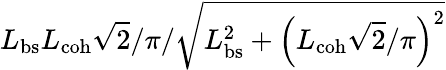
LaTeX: L_{\mathrm{bs}}L_{\mathrm{coh}}\sqrt{2}/\pi/\sqrt{L_{\mathrm{bs}}^{2}+\left(L_{\mathrm{coh}}\sqrt{2}/\pi\right)^{2}}